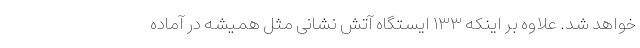
خواهد شد. علاوه بر اینکه ۱۳۳ ایستگاه آتش نشانی مثل همیشه در آماده